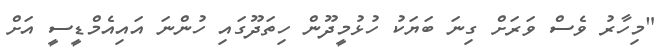
"މިހާރު ވެސް ވަަރަށް ގިނަ ބަޔަކު ހުޅުމީދޫން ހިތަދޫގައި ހުންނަ އައިއެމްޑީސީ އަށް